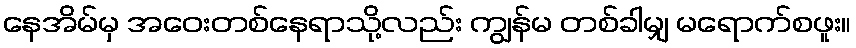
နေအိမ်မှ အဝေးတစ်နေရာသို့လည်း ကျွန်မ တစ်ခါမျှ မရောက်စဖူး။